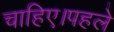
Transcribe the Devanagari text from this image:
चाहिए।पहले